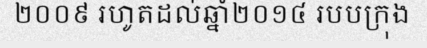
២០០៩ រហូតដល់ឆ្នាំ២០១៤ របបក្រុង